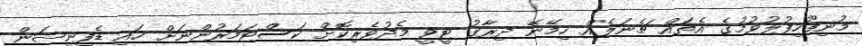
މުނިފޫހިފުލުވުމުގެ އެތައް ޗެނަލެއް ހިމޭނޭ ދިރާގު ޓީވީ މެދުވެރިކޮށް ކަސްޓަމަރުންނަށް ހައި ޑެފިނީޝަން